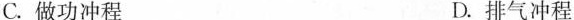
C.做功冲程 D.排气冲程